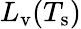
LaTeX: L_{\textup{v}}(T_{\textup{s}})